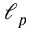
\ell _ { p }